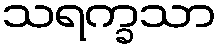
သရက္ခသာ